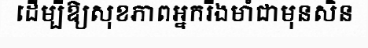
ដើម្បីឱ្យសុខភាពអ្នករឹងមាំជាមុនសិន